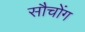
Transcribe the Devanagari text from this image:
सौचोंग